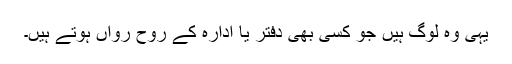
یہی وہ لوگ ہیں جو کسی بھی دفتر یا ادارہ کے روح رواں ہوتے ہیں۔